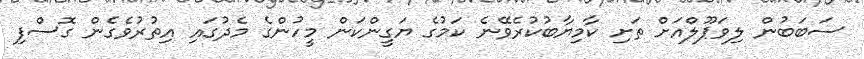
ސަބަބުން ލިވަޕޫލްއަށް ތަށި ކާމިޔާބުކުރެވޭނެ ކަމުގެ ޔަގީންކަން މީހުންގެ މެދުގައި އިތުރުވެގެން ގޮސްފި